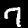
Label: 7